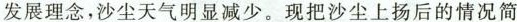
发展理念，沙尘天气明显减少。现把沙尘上扬后的情况简